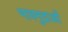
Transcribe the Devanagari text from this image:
भावमुद्राओं